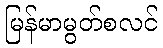
မြန်မာမွတ်စလင်